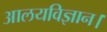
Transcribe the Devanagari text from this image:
आलयविज्ञान।